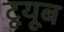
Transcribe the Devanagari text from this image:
टूयूब